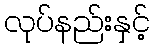
လုပ်နည်းနှင့်